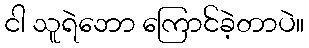
ငါ သူရဲဘော ကြောင်ခဲ့တာပဲ။